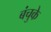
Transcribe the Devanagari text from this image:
बंचुके